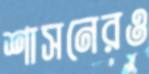
শাসনেরও